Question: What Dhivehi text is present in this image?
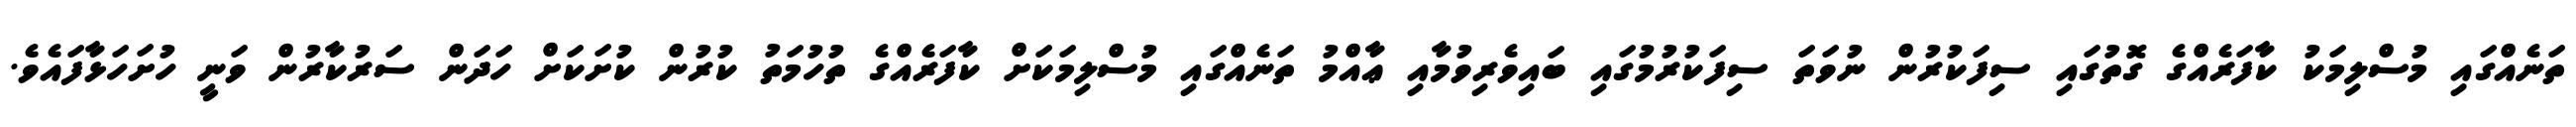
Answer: ތަނެއްގައި މުސްލިމަކު ކާފަރެއްގެ ގޮތުގައި ސިފަކުރުން ނުވަތަ ސިފަކުރުމުގައި ބައިވެރިވުމާއި ޢާއްމު ތަނެއްގައި މުސްލިމަކަށް ކާފަރެއްގެ ތުހުމަތު ކުރުން ކުށަކަށް ހަދަން ސަރުކާރުން ވަނީ ހުށަހަޅާފައެވެ.